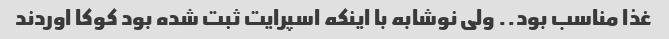
غذا مناسب بود.. ولی نوشابه با اینکه اسپرایت ثبت شده بود کوکا اوردند